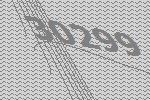
30299